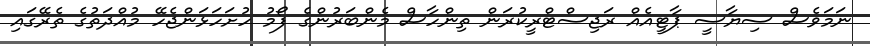
ނަމަވެސް ސިޔާސީ ޕާޓީއެއް ރަޖިސްޓްރީކުރަން ތިންހާސް މެންބަރުންގެ ފޯމު ހުށަހަޅަންޖެހޭ މުއްދަތުގެ ތެރޭގައި